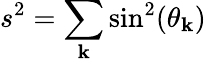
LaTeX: s^{2}=\sum_{\mathbf{k}}\sin^{2}(\theta_{\mathbf{k}})